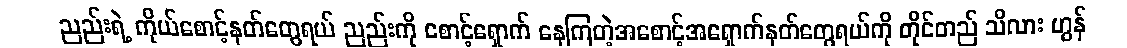
ညည်းရဲ့ ကိုယ်စောင့်နတ်တွေရယ် ညည်းကို စောင့်ရှောက် နေကြတဲ့အစောင့်အရှောက်နတ်တွေရယ်ကို တိုင်တည် သိလား ဟွန်